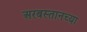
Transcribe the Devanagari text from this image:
अरबस्तानच्या